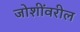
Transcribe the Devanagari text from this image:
जोशींवरील